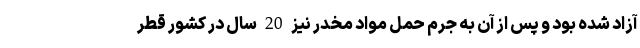
آزاد شده بود و پس از آن به جرم حمل مواد مخدر نیز 20 سال در کشور قطر